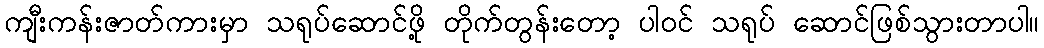
ကျီးကန်းဇာတ်ကားမှာ သရုပ်ဆောင်ဖို့ တိုက်တွန်းတော့ ပါဝင် သရုပ် ဆောင်ဖြစ်သွားတာပါ။